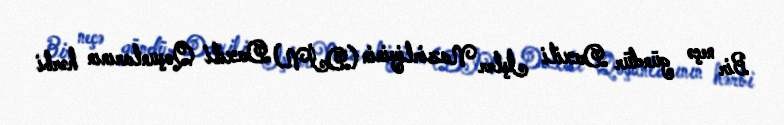
Bir neçə gündür Daxili İşlər Nazirliyinin (DİN) Daxili Qoşunlarının hərbi